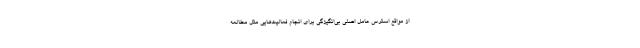
از مواقع استرس عامل اصلی بی‌انگیزگی برای انجام فعالیت‌هایی مثل مطالعه